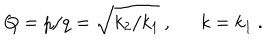
LaTeX: Q = p / q = \sqrt { k _ { 2 } / k _ { 1 } } \ , \ \ k = k _ { 1 } \ .